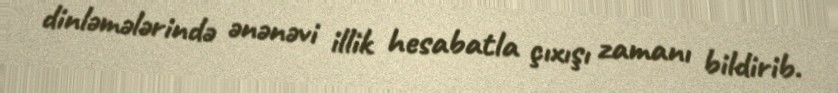
dinləmələrində ənənəvi illik hesabatla çıxışı zamanı bildirib.